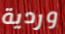
وردية